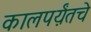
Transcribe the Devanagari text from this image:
कालपर्य़ंतचे